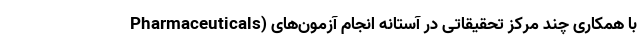
Pharmaceuticals) با همکاری چند مرکز تحقیقاتی در آستانه انجام آزمون‌های